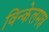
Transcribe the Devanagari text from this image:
विन्केलमन्न